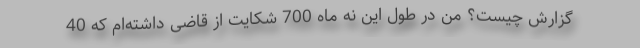
گزارش چیست؟ من در طول این نه ماه 700 شکایت از قاضی داشته‌ام که 40